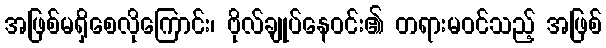
အဖြစ်မရှိစေလိုကြောင်း၊ ဗိုလ်ချုပ်နေဝင်း၏ တရားမဝင်သည့် အဖြစ်